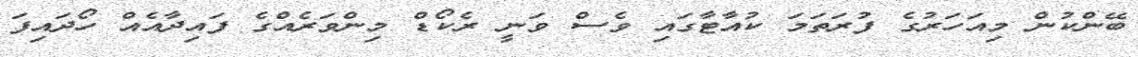
ބޭންކުން މިއަހަރުގެ ފުރަތަމަ ކުއާޓާގައި ވެސް ވަނީ ރެކޯޑް މިންވަރެއްގެ ފައިދާއެއް ހޯދައިފަ